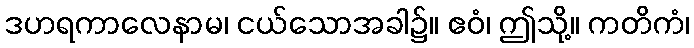
ဒဟရကာလေနာမ၊ ငယ်သောအခါ၌။ ဧဝံ၊ ဤသို့။ ကတိကံ၊